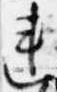
連